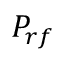
P _ { r f }